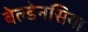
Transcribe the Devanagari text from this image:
बेल्डेनसिया